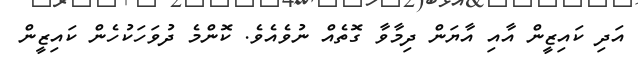
އަދި ކައިޒީން އާއި އާޔަން ދިމާވާ ގޮތެއް ނުވެއެވެ. ކޮންމެ ދުވަހަކުހެން ކައިޒީން